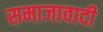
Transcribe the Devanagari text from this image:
समाजावादी